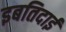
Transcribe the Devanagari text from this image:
इबतिदाई